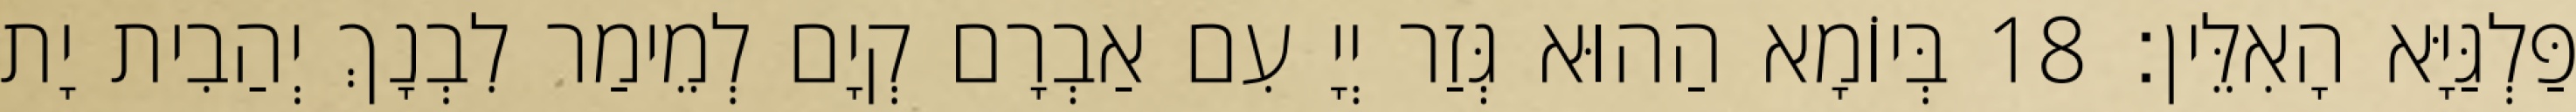
פַּלְגַּיָּא הָאִלֵּין׃ 18 בְּיוֹמָא הַהוּא גְּזַר יְיָ עִם אַבְרָם קְיָם לְמֵימַר לִבְנָךְ יְהַבִית יָת